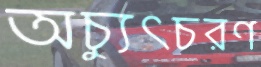
অচ্যুত্চরণ